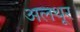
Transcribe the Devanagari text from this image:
अलथूर